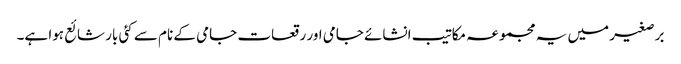
برصغیر میں یہ مجموعہ مکاتیب انشائے جامی اور رقعات جامی کے نام سے کئی بار شائع ہوا ہے۔